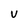
Character: v